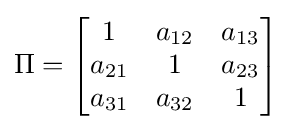
\Pi ={\begin{bmatrix}1&a_{12}&a_{13}\\a_{21}&1&a_{23}\\a_{31}&a_{32}&1\end{bmatrix}}